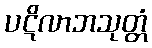
ပဋိလာဘသုတ္တံ